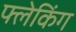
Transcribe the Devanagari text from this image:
फ्लेकिंग